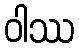
ဝါဿ